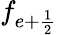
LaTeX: f_{{e+\frac{1}{2}}}